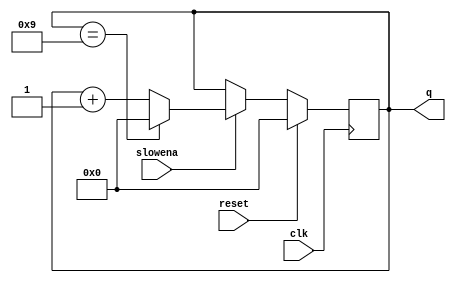
module top_module (
    input clk,
    input slowena,
    input reset,
    output [3:0] q);
	always @(posedge clk) begin
        if (reset) begin
            q <= 4'b0;
        end else begin
            q <= (slowena) ? ((q==4'b1001) ? 4'b0 : q + 4'b1) : q;
        end
    end
endmodule